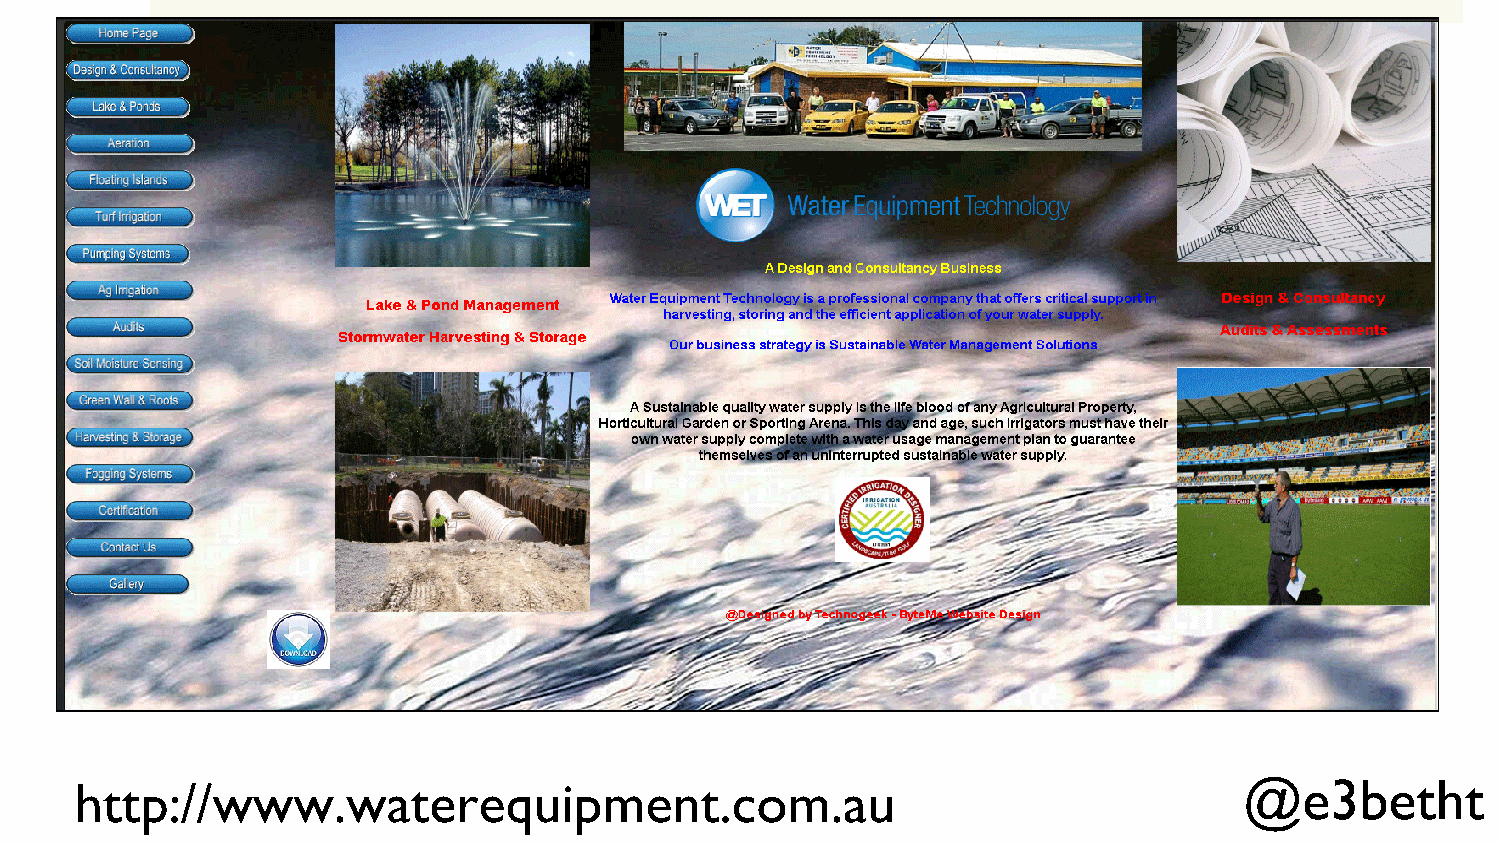
http://www.waterequipment.com.au                                             @e3betht